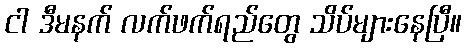
ငါ ဒီမနက် လက်ဖက်ရည်တွေ သိပ်များနေပြီ။